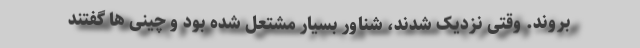
بروند. وقتی نزدیک شدند، شناور بسیار مشتعل شده بود و چینی ها گفتند